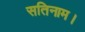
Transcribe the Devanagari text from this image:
सतिनाम।